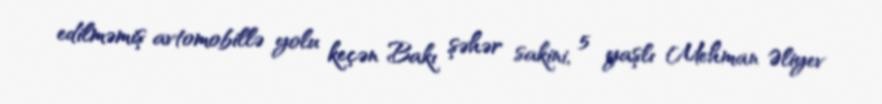
edilməmiş avtomobillə yolu keçən Bakı şəhər sakini, 5 yaşlı Mehman Əliyev